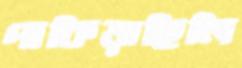
পাকিয়াছিলি